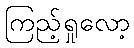
ကြည့်ရှုလော့